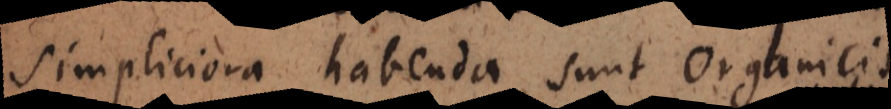
simpliciora habenda sunt organicis,